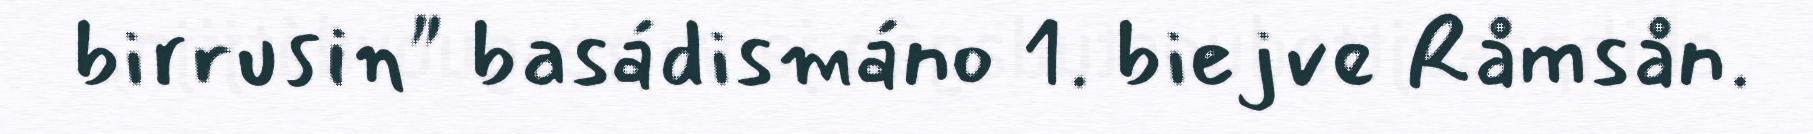
birrusin" basádismáno 1. biejve Råmsån.